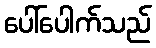
ပေါ်ပေါက်သည်